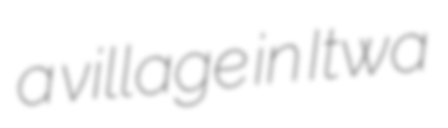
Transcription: a village in Itwa